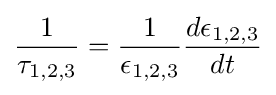
{\frac {1}{\tau _{1,2,3}}}={\frac {1}{\epsilon _{1,2,3}}}{\frac {d\epsilon _{1,2,3}}{dt}}